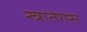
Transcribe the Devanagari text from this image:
स्त्रातेगस